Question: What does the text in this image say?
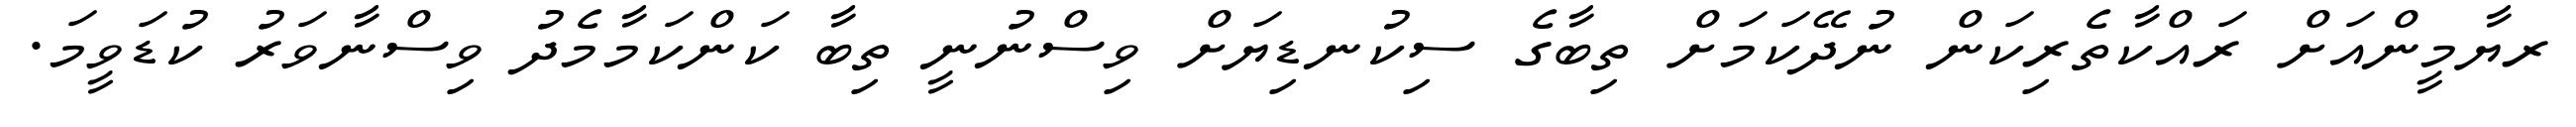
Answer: ރޔާމީންއަށް ރައްކާތެރިކަން ނުދޭކަމަށް ތިބާގެ ސިކުނޑިޔަށް ވިސްނުނީ ތިބާ ކަންކަމާމެދު ވިސްނާވަރު ކުޑަވީމަ.